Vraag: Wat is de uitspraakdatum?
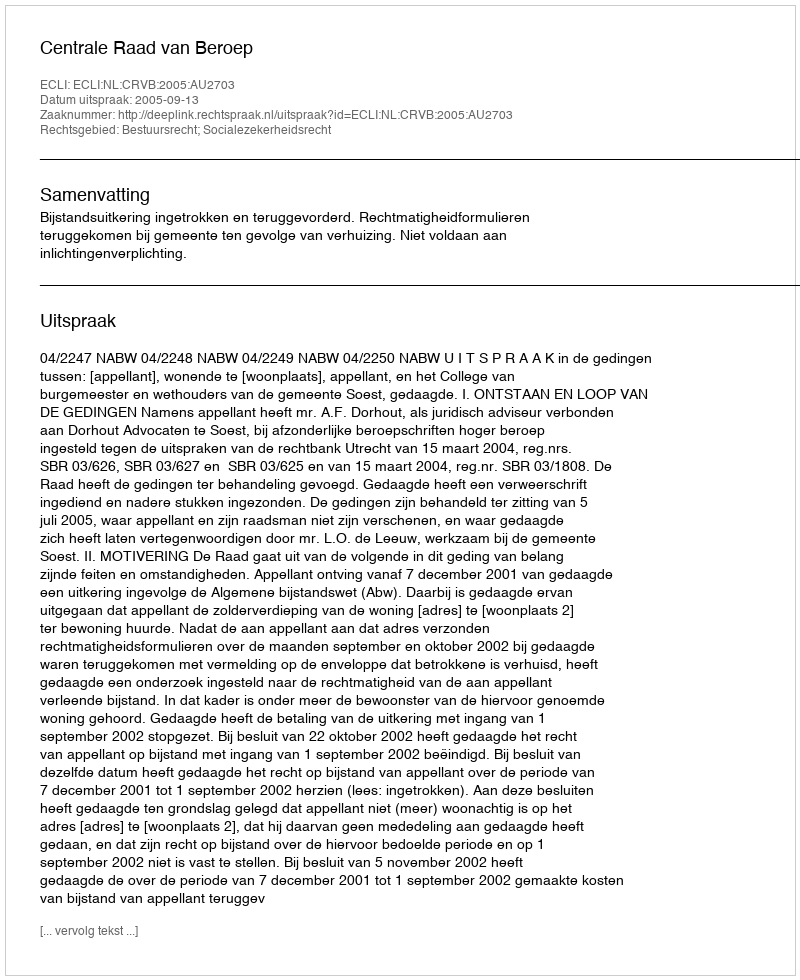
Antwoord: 2005-09-13